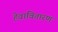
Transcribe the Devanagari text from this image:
हेवावितारण